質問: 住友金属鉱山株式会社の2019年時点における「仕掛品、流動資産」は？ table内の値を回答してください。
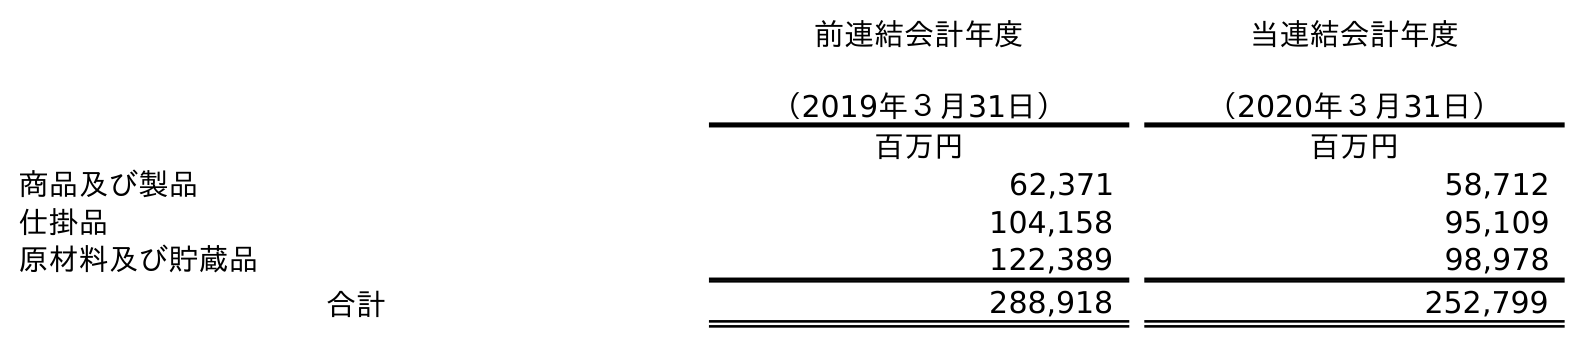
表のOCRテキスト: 前連結会計年度 （2019年３月31日） 当連結会計年度 （2020年３月31日） 百万円 百万円 商品及び製品 62,371 58,712 仕掛品 104,158 95,109 原材料及び貯蔵品 122,389 98,978 合計 288,918 252,799
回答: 104,158